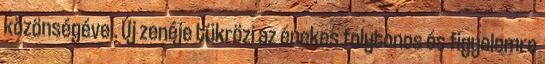
közönségével. Új zenéje tükrözi az énekes folytonos és figyelemre